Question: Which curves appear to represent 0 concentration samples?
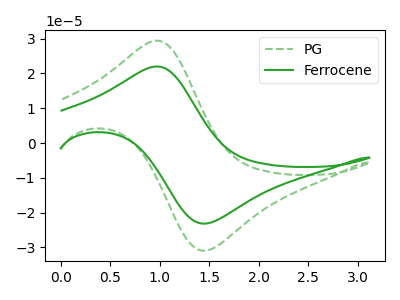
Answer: <think>The green dashed curve "PG" has an anodic peak at (1.00V, 29.40uA) and a cathodic peak at (1.45V, -30.90uA). The green curve "Ferrocene" has an anodic peak at (1.00V, 22.00uA) and a cathodic peak at (1.45V, -23.10uA).</think>
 <answer>There are not any CV's on this graph that are likely to be blanks.</answer>
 <eval>none</eval>